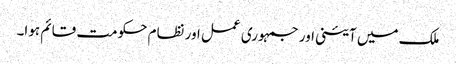
ملک میں آئینی اور جمہوری عمل اور نظام حکومت قائم ہوا۔